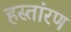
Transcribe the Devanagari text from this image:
हस्तांरण